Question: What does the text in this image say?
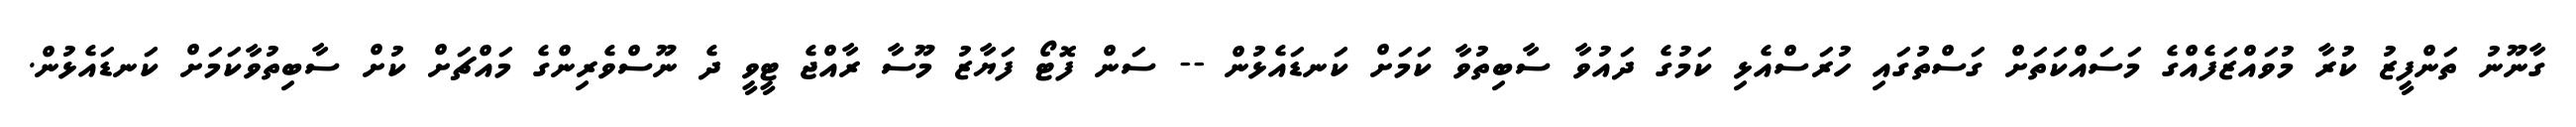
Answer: ގާނޫނު ތަންފީޒު ކުރާ މުވައްޒަފެއްގެ މަސައްކަތަށް ގަސްތުގައި ހުރަސްއެޅި ކަމުގެ ދައުވާ ސާބިތުވާ ކަމަށް ކަނޑައެޅުން -- ސަން ފޮޓޯ ފަޔާޒު މޫސާ ރާއްޖެ ޓީވީ ދެ ނޫސްވެރިންގެ މައްޗަށް ކުށް ސާބިތުވާކަމަށް ކަނޑައެޅުން.